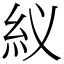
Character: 紁